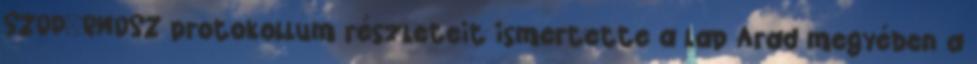
SZDP–RMDSZ protokollum részleteit ismertette a lap Arad megyében a